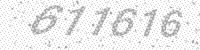
Solution: 611616